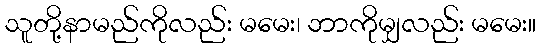
သူတို့နာမည်ကိုလည်း မမေး၊ ဘာကိုမျှလည်း မမေး။